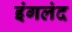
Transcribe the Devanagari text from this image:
इंगलंद